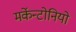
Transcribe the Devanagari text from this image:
मर्केन्टोनियो